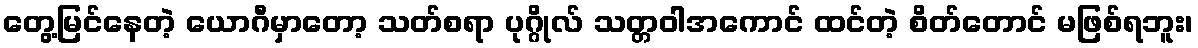
တွေ့မြင်နေတဲ့ ယောဂီမှာတော့ သတ်စရာ ပုဂ္ဂိုလ် သတ္တဝါအကောင် ထင်တဲ့ စိတ်တောင် မဖြစ်ရဘူး၊